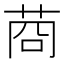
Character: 𦯶